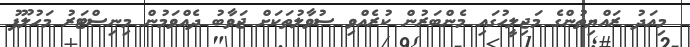
މިއަދު ރައްޔިތުންގެ މަޖިލީހުގައި މެންބަރުން ކުރެއްވި ސުވާލުތަކަށް ޖަވާބު ދެއްވަމުން މިނިސްޓަރު މަހުލޫފު